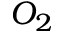
O _ { 2 }